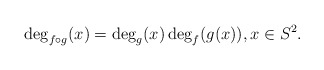
\begin{align*} \deg_{f\circ g}(x) = \deg_g(x)\deg_f(g(x)), x\in S^2.\end{align*}